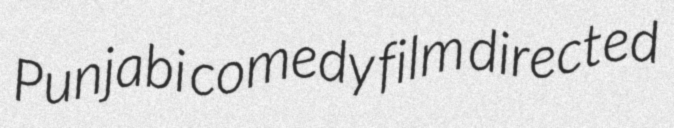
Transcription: Punjabi comedy film directed